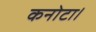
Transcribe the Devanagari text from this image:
कनोटा।